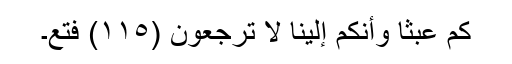
ٰكُمۡ عَبَثً۬ا وَأَنَّكُمۡ إِلَيۡنَا لَا تُرۡجَعُونَ (١١٥) فَتَعَ۔